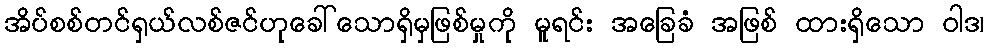
အိပ်စစ်တင်ရှယ်လစ်ဇင်ဟုခေါ်သောရှိမှဖြစ်မှုကို မူရင်း အခြေခံ အဖြစ် ထားရှိသော ဝါဒ၊